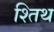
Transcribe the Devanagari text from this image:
श्तिथ